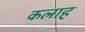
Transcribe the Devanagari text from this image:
कलाह